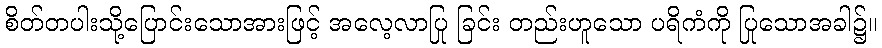
စိတ်တပါးသို့ပြောင်းသောအားဖြင့် အလေ့လာပြု ခြင်း တည်းဟူသော ပရိကံကို ပြုသောအခါ၌။